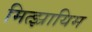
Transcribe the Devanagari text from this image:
मित्झ्रायिम